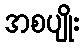
အစပျိုး